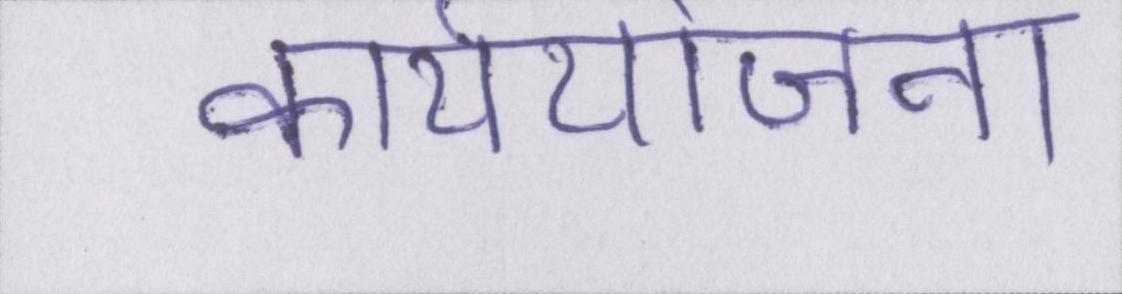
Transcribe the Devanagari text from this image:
कार्ययोजना